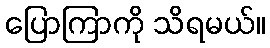
ပြောကြာကို သိရမယ်။